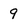
Character: 9